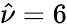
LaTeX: \hat{\nu}=6